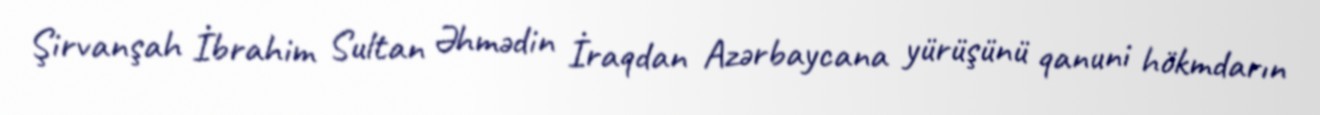
Şirvanşah İbrahim Sultan Əhmədin İraqdan Azərbaycana yürüşünü qanuni hökmdarın